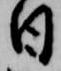
日